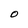
Character: O